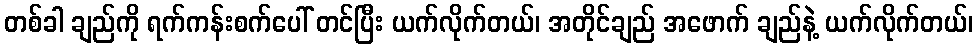
တစ်ခါ ချည်ကို ရက်ကန်းစက်ပေါ် တင်ပြီး ယက်လိုက်တယ်၊ အတိုင်ချည် အဖောက် ချည်နဲ့ ယက်လိုက်တယ်၊